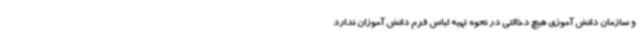
و سازمان دانش آموزی هیچ دخالتی در نحوه تهیه لباس فرم دانش آموزان ندارد